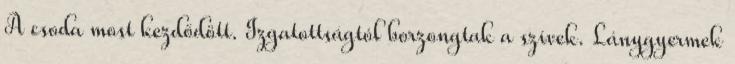
A csoda most kezdődött. Izgatottságtól borzongtak a szívek. Lánygyermek